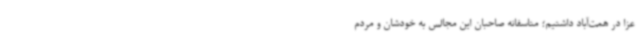
عزا در همت‌آباد داشتیم؛ متاسفانه صاحبان این مجالس به خودشان و مردم